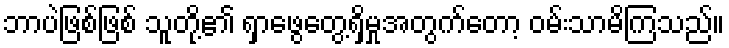
ဘာပဲဖြစ်ဖြစ် သူတို့၏ ရှာဖွေတွေ့ရှိမှုအတွက်တော့ ဝမ်းသာမိကြသည်။